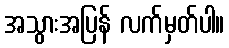
အသွားအပြန် လက်မှတ်ပါ။